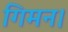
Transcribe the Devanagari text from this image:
गिमन।